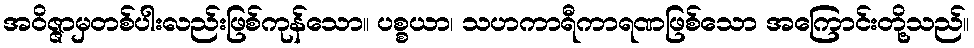
အဝိဇ္ဇာမှတစ်ပါးလည်းဖြစ်ကုန်သော။ ပစ္စယာ၊ သဟကာရီကာရဏဖြစ်သော အကြောင်းတို့သည်။